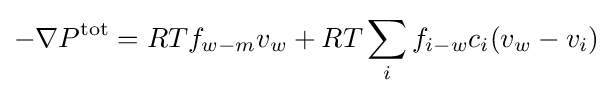
-\nabla P^{\text{tot}}=RTf_{w-m}v_{w}+RT\sum _{i}f_{i-w}c_{i}(v_{w}-v_{i})